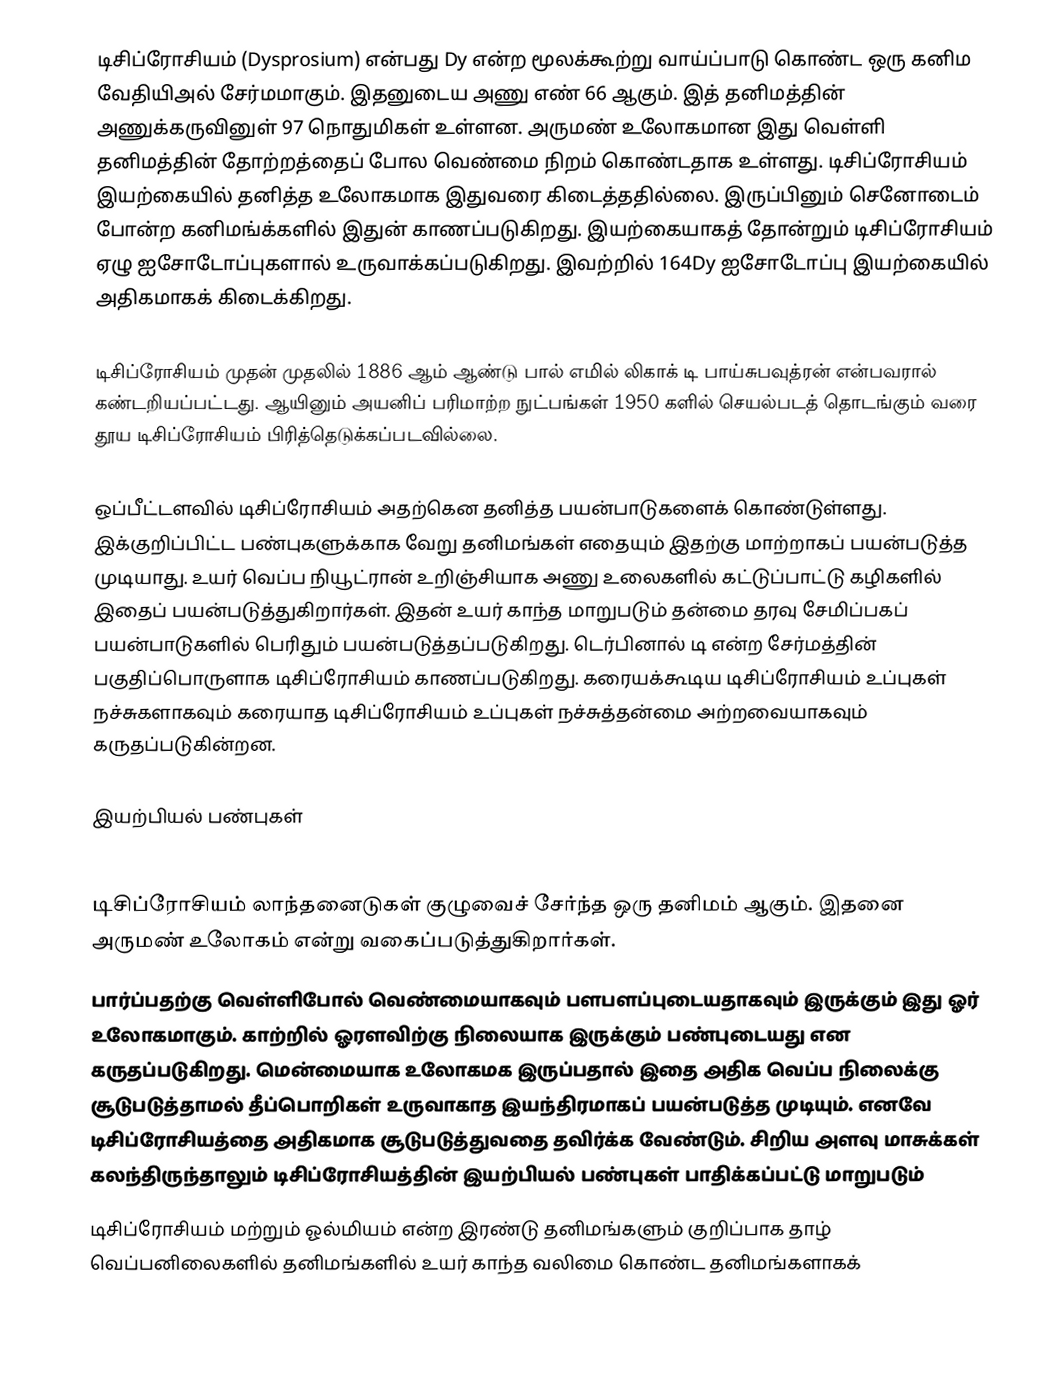
டிசிப்ரோசியம் (Dysprosium) என்பது Dy என்ற மூலக்கூற்று வாய்ப்பாடு கொண்ட ஒரு கனிம வேதியிஅல் சேர்மமாகும். இதனுடைய அணு எண் 66 ஆகும்.  இத் தனிமத்தின் அணுக்கருவினுள் 97 நொதுமிகள் உள்ளன. அருமண் உலோகமான இது வெள்ளி தனிமத்தின் தோற்றத்தைப் போல வெண்மை நிறம் கொண்டதாக உள்ளது. டிசிப்ரோசியம் இயற்கையில் தனித்த உலோகமாக இதுவரை கிடைத்ததில்லை. இருப்பினும் செனோடைம் போன்ற கனிமங்க்களில் இதுன் காணப்படுகிறது. இயற்கையாகத் தோன்றும் டிசிப்ரோசியம் ஏழு ஐசோடோப்புகளால் உருவாக்கப்படுகிறது. இவற்றில் 164Dy ஐசோடோப்பு இயற்கையில் அதிகமாகக் கிடைக்கிறது.

டிசிப்ரோசியம் முதன் முதலில் 1886 ஆம் ஆண்டு பால் எமில் லிகாக் டி பாய்சுபவுத்ரன் என்பவரால் கண்டறியப்பட்டது. ஆயினும்  அயனிப் பரிமாற்ற நுட்பங்கள் 1950 களில் செயல்படத் தொடங்கும் வரை தூய டிசிப்ரோசியம் பிரித்தெடுக்கப்படவில்லை.

ஒப்பீட்டளவில் டிசிப்ரோசியம் அதற்கென தனித்த பயன்பாடுகளைக் கொண்டுள்ளது. இக்குறிப்பிட்ட பண்புகளுக்காக வேறு தனிமங்கள் எதையும் இதற்கு மாற்றாகப் பயன்படுத்த முடியாது. உயர் வெப்ப நியூட்ரான் உறிஞ்சியாக அணு உலைகளில் கட்டுப்பாட்டு கழிகளில் இதைப் பயன்படுத்துகிறார்கள்.  இதன் உயர் காந்த மாறுபடும் தன்மை தரவு சேமிப்பகப் பயன்பாடுகளில் பெரிதும் பயன்படுத்தப்படுகிறது. டெர்பினால் டி என்ற சேர்மத்தின் பகுதிப்பொருளாக டிசிப்ரோசியம் காணப்படுகிறது. கரையக்கூடிய டிசிப்ரோசியம் உப்புகள் நச்சுகளாகவும் கரையாத டிசிப்ரோசியம் உப்புகள் நச்சுத்தன்மை அற்றவையாகவும் கருதப்படுகின்றன.

இயற்பியல் பண்புகள்

டிசிப்ரோசியம் லாந்தனைடுகள் குழுவைச் சேர்ந்த ஒரு தனிமம் ஆகும். இதனை அருமண் உலோகம் என்று வகைப்படுத்துகிறார்கள்.
 பார்ப்பதற்கு வெள்ளிபோல் வெண்மையாகவும் பளபளப்புடையதாகவும் இருக்கும் இது ஓர் உலோகமாகும்.  காற்றில் ஓரளவிற்கு நிலையாக  இருக்கும் பண்புடையது என கருதப்படுகிறது. மென்மையாக உலோகமக இருப்பதால் இதை அதிக வெப்ப நிலைக்கு சூடுபடுத்தாமல் தீப்பொறிகள் உருவாகாத இயந்திரமாகப் பயன்படுத்த முடியும். எனவே டிசிப்ரோசியத்தை அதிகமாக சூடுபடுத்துவதை தவிர்க்க வேண்டும். சிறிய அளவு மாசுக்கள் கலந்திருந்தாலும் டிசிப்ரோசியத்தின் இயற்பியல் பண்புகள் பாதிக்கப்பட்டு மாறுபடும்
டிசிப்ரோசியம் மற்றும் ஓல்மியம் என்ற இரண்டு தனிமங்களும் குறிப்பாக தாழ் வெப்பனிலைகளில் தனிமங்களில் உயர் காந்த வலிமை கொண்ட தனிமங்களாகக்